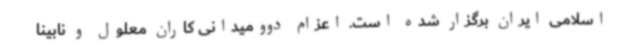
اسلامی ایران برگزار شده است. اعزام دوومیدانی کاران معلول و نابینا